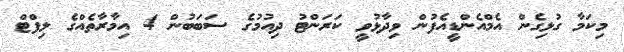
މިކަމާ ގުޅިގެން އެމްއެންޑީއެފުން ވިދާޅުވީ ކަރަންޓު ދިއުމުގެ ސަބަބުން 4 އިމާރާތެއްގެ ލިފްޓް